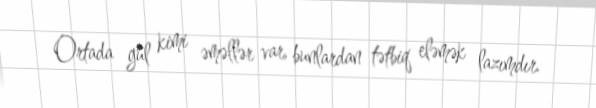
Ortada gül kimi əməllər var, bunlardan tətbiq eləmək lazımdır.